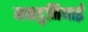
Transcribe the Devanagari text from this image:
मकदुनियाई